Madras plague regulations in force outside the Presidency town - Volume 2
Disease focus: Plague
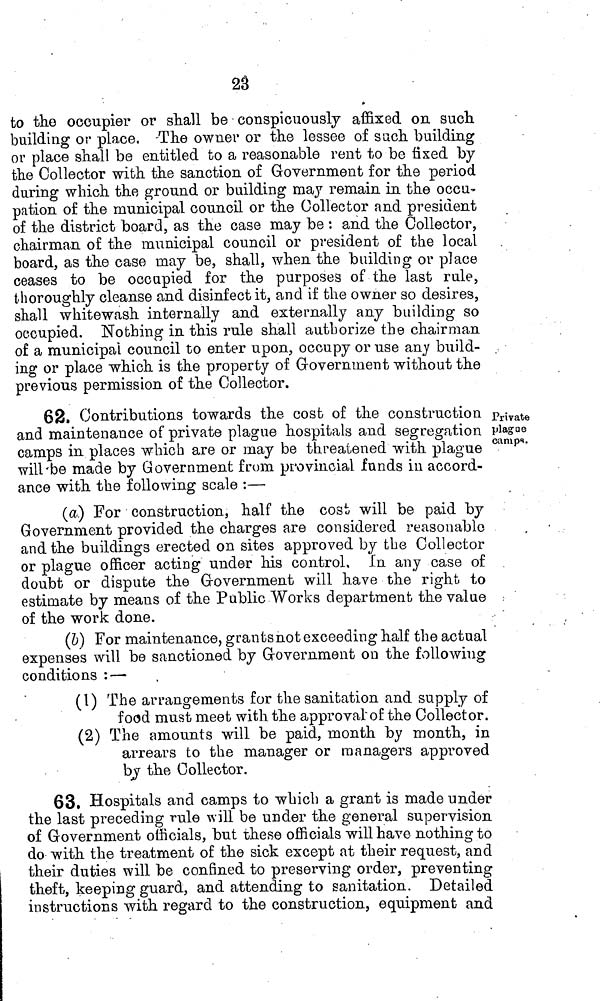
23
to the occupier or shall be conspicuously affixed on such
building or place, The owner or the lessee of such building
or place shall be entitled to a reasonable rent to be fixed by
the Collector with the sanction of Government for the period
during which the ground or building may remain in the occu-
pation of the municipal council or the Collector and president
of the district board, as the case may be : and the Collector,
chairman of the municipal council or president of the local
board, as the case may be, shall, when the building or place
ceases to be occupied for the purposes of the last rule,
thoroughly cleanse and disinfect it, and if the owner so desires,
shall whitewash internally and externally any building so
occupied. Nothing in this rule shall authorize the chairman
of a municipal council to enter upon, occupy or use any build- ..
ing or place which is the property of Government without the
previous permission of the Collector.
Private
plague
camps.
62. Contributions towards the cost of the construction
and maintenance of private plague hospitals and segregation
camps in places which are or may be threatened with plague
will be made by Government from provincial funds in accord-
ance with the following scale :—
(a) For construction, half the cost will be paid by
Government provided the charges are considered reasonable
and the buildings erected on sites approved by the Collector
or plague officer acting under his control. In any case of
doubt or dispute the Government will have the right to
estimate by means of the Public Works department the value
of the work done.
(6) For maintenance, grants not exceeding half the actual
expenses will be sanctioned by Government on the following
conditions : —
(1) The arrangements for the sanitation and supply of
food must meet with the approval of the Collector.
(2) The amounts will be paid, month by month, in
arrears to the manager or managers approved
by the Collector.
63. Hospitals and camps to which a grant is made under
the last preceding rule will be under the general supervision
of Government officials, but these officials will have nothing to
do with the treatment of the sick except at their request, and
their duties will be confined to preserving order, preventing
theft, keeping guard, and attending to sanitation. Detailed
instructions with regard to the construction, equipment and